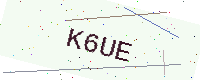
Text: K6UE